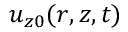
u _ { z 0 } ( r , z , t )